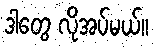
ဒါတွေ လိုအပ်မယ်။